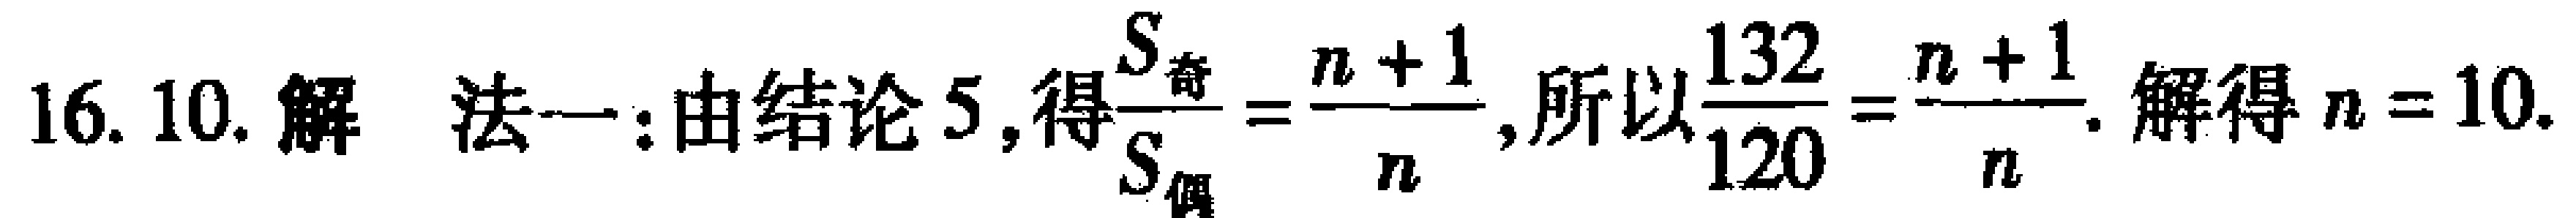
16. 10. 解 法一：由结论5，得$\frac{S_{奇}}{S_{偶}}=\frac{n + 1}{n}$，所以$\frac{132}{120}=\frac{n + 1}{n}$. 解得$n = 10$.